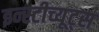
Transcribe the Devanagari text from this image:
इन्स्टीच्यूट्स